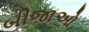
બીજાઓ